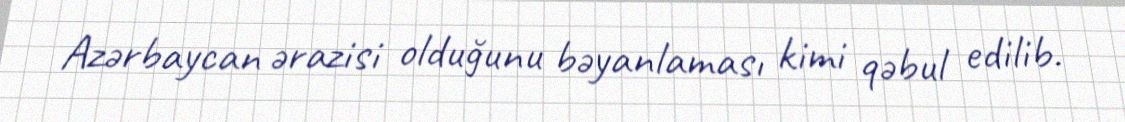
Azərbaycan ərazisi olduğunu bəyanlaması kimi qəbul edilib.